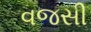
વજસી